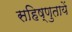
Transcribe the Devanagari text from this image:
सहिष्णुतायें